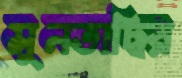
মুনতাছির